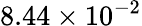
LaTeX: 8.44\times 10^{-2}